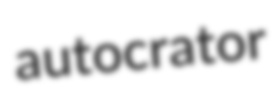
autocrator